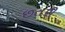
છતરી